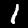
Digit: 1